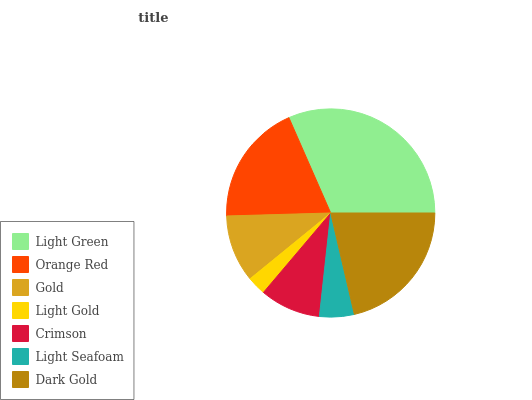
| Light Green | Orange Red | Gold | Light Gold | Crimson | Light Seafoam | Dark Gold |
 | --- | --- | --- | --- | --- | --- | --- |
 | 31.5% | 18.9% | 10.4% | 2.93% | 9.46% | 5.37% | 21.3% |